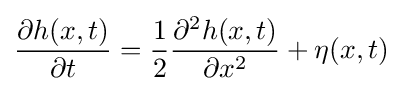
{\frac {\partial h(x,t)}{\partial t}}={\frac {1}{2}}{\frac {\partial ^{2}h(x,t)}{\partial x^{2}}}+\eta (x,t)